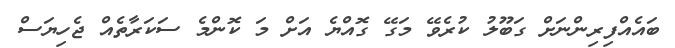
ބައެއްފިރިންނަށް ގަބޫލު ކުރެވޭ މަގޭ ގޮއްޔެ އަށް މަ ކޮންމެ ސަކަރާތެއް ޖެހިޔަސް